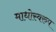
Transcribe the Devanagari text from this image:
माधोस्वरुप